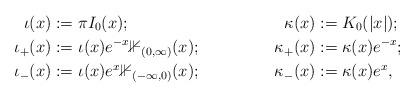
LaTeX: \begin{align*}\iota(x):={}&\pi I_0(x);&\kappa(x):={}&K_0(|x|);\\\iota_+(x):={}& \iota(x)e^{- x}\mathbb1_{(0,\infty)}(x);&\kappa_+(x):={}&\kappa(x)e^{-x};\\\iota_-(x):={}&\iota(x)e^x\mathbb1_{(-\infty,0)}(x);&\kappa_-(x):={}&\kappa(x)e^{x},\end{align*}